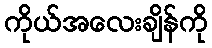
ကိုယ်အလေးချိန်ကို